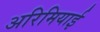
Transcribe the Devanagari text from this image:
अरिमियाई